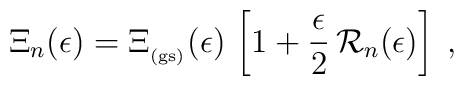
\Xi_{n}(\epsilon)=\Xi_{_{\rm (gs)}}  (\epsilon)\,\left[ 1 + \frac{\epsilon}{2}  \,{\mathcal R}_{n} (\epsilon)   \right]\;  ,